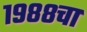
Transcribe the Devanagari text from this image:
१९८८चा